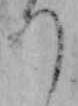
つ